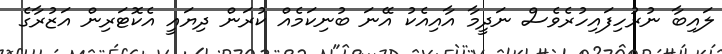
ލައިބާ ނުރުހިފައިހުރެވެސް ނަދީމާ އާއިއެކު އޭނަ ބުނިކަމެއް ކުރަން ދިޔައީ އެކޮޓަރިން އަޒުރާގެ